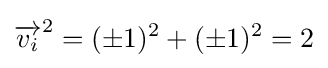
\,\!{\overrightarrow {v_{i}}}^{2}=(\pm 1)^{2}+(\pm 1)^{2}=2